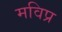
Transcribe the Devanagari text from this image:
मविप्र